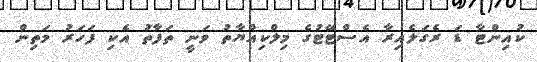
ކުއިންޓާ ޑަ ރެގަލެއިރާ އެސްޓޭޓުގެ މިލްކިއްޔާތު ވަނީ ތަފާތު އެކި ފަހަރު މަތިން